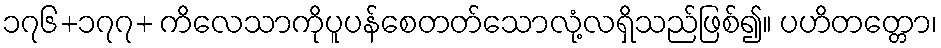
၁၇၆+၁၇၇+ ကိလေသာကိုပူပန်စေတတ်သောလုံ့လရှိသည်ဖြစ်၍။ ပဟိတတ္တော၊